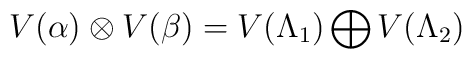
V(\alpha)\otimes V(\beta)=V(\Lambda_1)\bigoplus V(\Lambda_2)